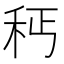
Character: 𥝽